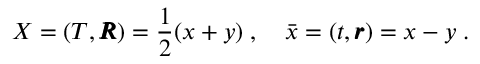
X = ( T , \pmb { R } ) = \frac { 1 } { 2 } ( x + y ) \; , \quad \bar { x } = ( t , \pmb { r } ) = x - y \nonumber \; .